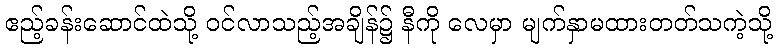
ဧည့်ခန်းဆောင်ထဲသို့ ဝင်လာသည့်အချိန်၌ နီကို လေမှာ မျက်နှာမထားတတ်သကဲ့သို့